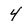
Character: 4